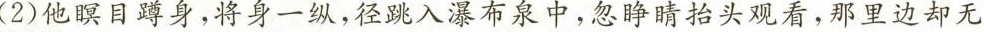
(2)他瞑目蹲身，将身一纵，径跳入瀑布泉中，忽睁睛抬头观看，那里边却无